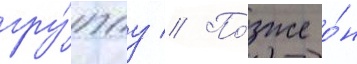
гру́ппу // По́зже о́н